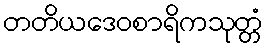
တတိယဒေဝစာရိကသုတ္တံ